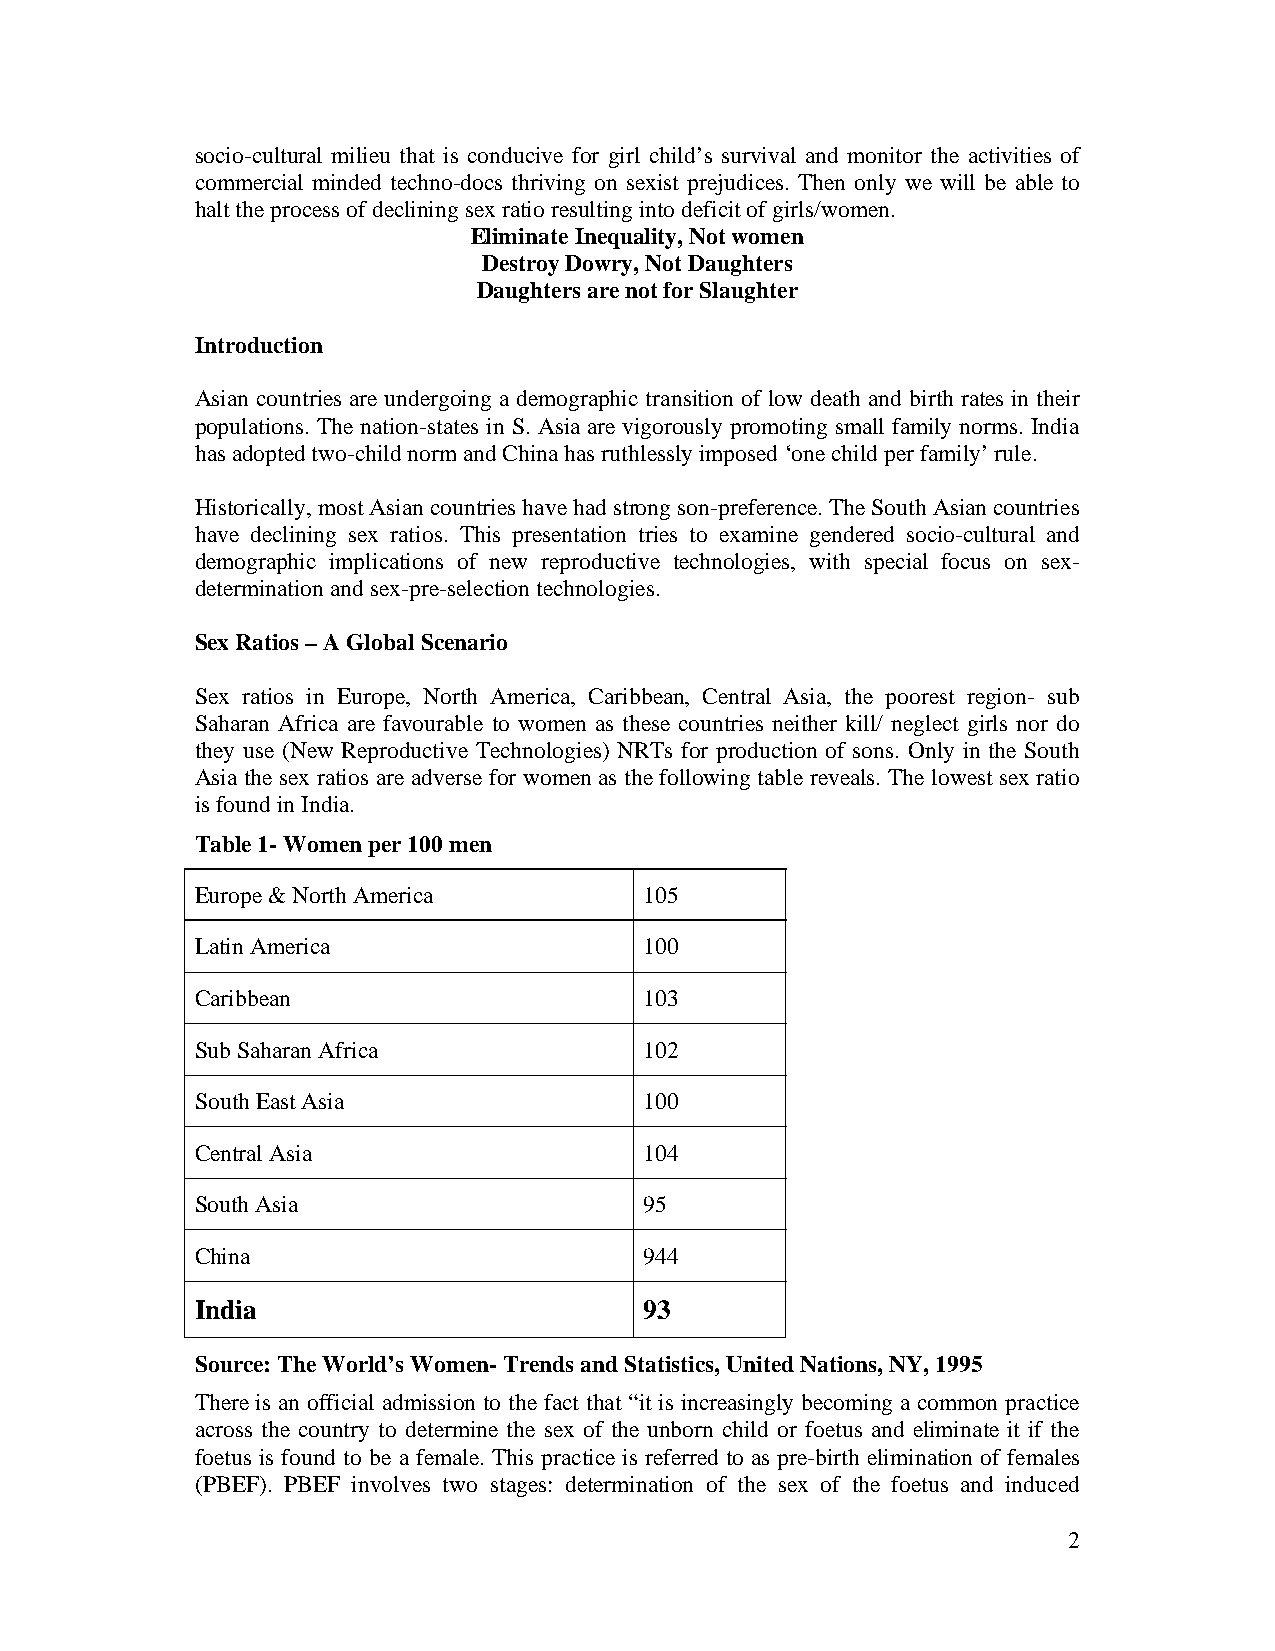
socio-cultural milieu that is conducive for girl child’s survival and monitor the activities of
 commercial minded techno-docs thriving on sexist prejudices. Then only we will be able to
 halt the process of declining sex ratio resulting into deficit of girls/women.
 Eliminate Inequality, Not women
 Destroy Dowry, Not Daughters
 Daughters are not for Slaughter
 Introduction
 Asian countries are undergoing a demographic transition of low death and birth rates in their
 populations. The nation-states in S. Asia are vigorously promoting small family norms. India
 has adopted two-child norm and China has ruthlessly imposed ‘one child per family’ rule.
 Historically, most Asian countries have had strong son-preference. The South Asian countries
 have declining sex ratios. This presentation tries to examine gendered socio-cultural and
 demographic implications of new reproductive technologies, with special focus on sex-
 determination and sex-pre-selection technologies.
 Sex Ratios – A Global Scenario
 Sex ratios in Europe, North America, Caribbean, Central Asia, the poorest region- sub
 Saharan Africa are favourable to women as these countries neither kill/ neglect girls nor do
 they use (New Reproductive Technologies) NRTs for production of sons. Only in the South
 Asia the sex ratios are adverse for women as the following table reveals. The lowest sex ratio
 is found in India.
 Table 1- Women per 100 men
 Europe & North America        105
 Latin America                 100
 Caribbean                     103
 Sub Saharan Africa            102
 South East Asia               100
 Central Asia                  104
 South Asia                    95
 China                         944
 India                         93
 Source: The World’s Women- Trends and Statistics, United Nations, NY, 1995
 There is an official admission to the fact that “it is increasingly becoming a common practice
 across the country to determine the sex of the unborn child or foetus and eliminate it if the
 foetus is found to be a female. This practice is referred to as pre-birth elimination of females
 (PBEF). PBEF involves two stages: determination of the sex of the foetus and induced
 2